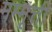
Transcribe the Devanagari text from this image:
मम्मूत्ती